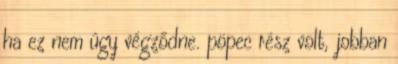
ha ez nem úgy végződne. pöpec rész volt, jobban